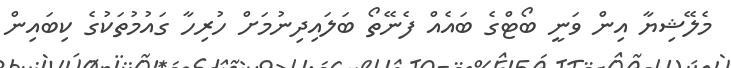
މެލޭޝިޔާ އިން ވަނީ ބޯޓްގެ ބައެއް ފެނޭތޯ ބަލައިދިނުމަށް ހުރިހާ ގައުމުތަކުގެ ކިބައިން